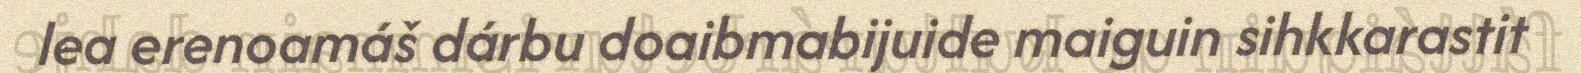
lea erenoamáš dárbu doaibmabijuide maiguin sihkkarastit